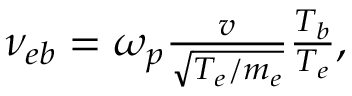
\begin{array} { r } { \nu _ { e b } = \omega _ { p } \frac { v } { \sqrt { T _ { e } / m _ { e } } } \frac { T _ { b } } { T _ { e } } , } \end{array}